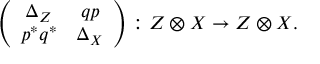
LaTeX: \left( \begin{array} { c c } { { \Delta _ { Z } } } & { { q p } } \\ { { p ^ { * } q ^ { * } } } & { { \Delta _ { X } } } \end{array} \right) : Z \otimes X \to Z \otimes X .